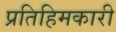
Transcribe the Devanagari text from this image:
प्रतिहिमकारी